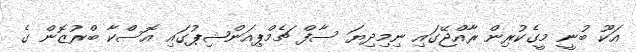
އަކޫ ބުނީ މީގެކުރިން ރާއްޖޭގައި ނިމިދިޔަ ސާފް ޗެމްޕިއަންޝިޕުގައި އޮސްކާ ބްރުޒޮން ގެ